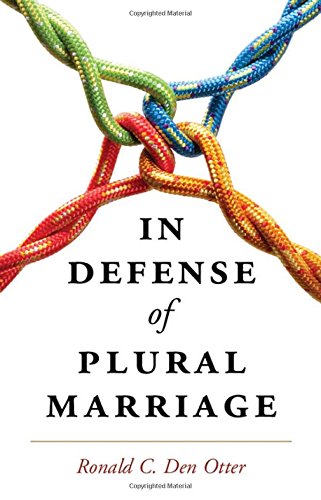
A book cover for In Defense of Plural Marriage; Ronald C. Den Otter; Law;